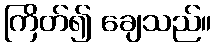
ကြိတ်၍ ချေသည်။